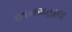
રતનમહાલ